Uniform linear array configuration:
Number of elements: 48
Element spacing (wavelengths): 0.75
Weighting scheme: hann
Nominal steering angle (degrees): -30
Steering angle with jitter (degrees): -31.715
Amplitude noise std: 0.05
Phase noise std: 0.05

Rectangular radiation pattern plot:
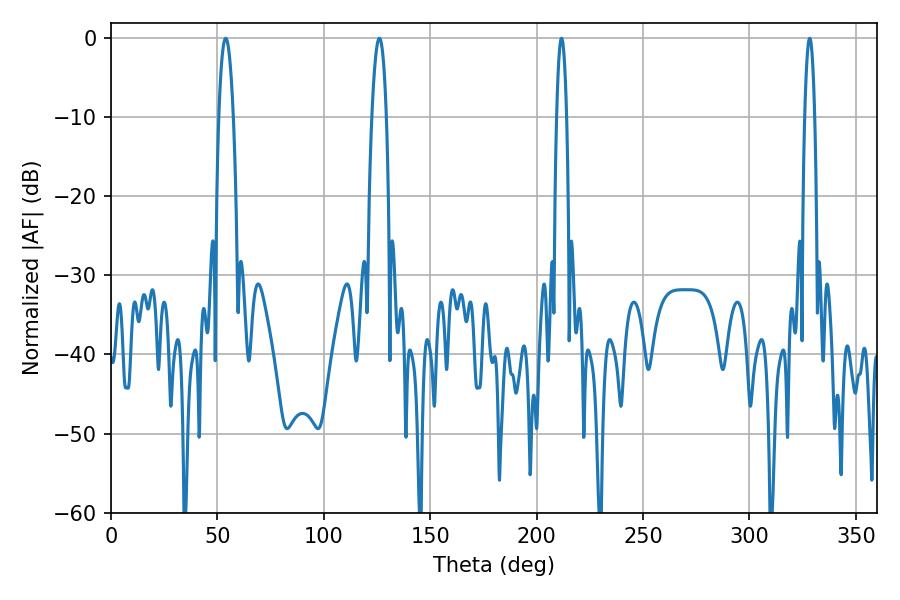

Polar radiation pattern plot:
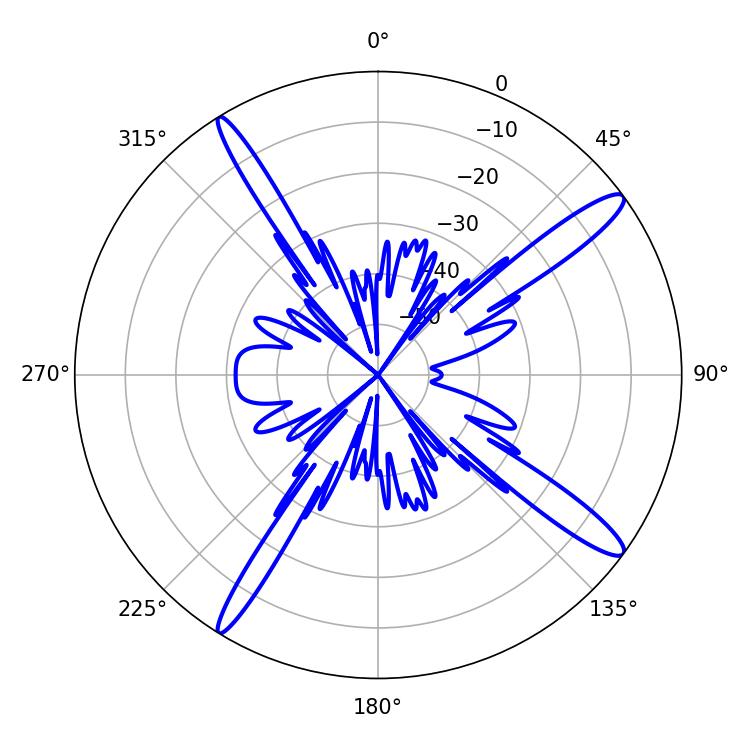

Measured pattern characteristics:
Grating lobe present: TRUE
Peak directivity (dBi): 14.983
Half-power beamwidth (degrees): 2.52
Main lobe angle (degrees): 211.68